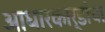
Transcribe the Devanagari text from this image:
आधारकार्डांचा